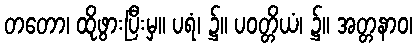
တတော၊ ထိုဖွားပြီးမှ။ ပရံ၊ ၌။ ပဝတ္တိယံ၊ ၌။ အတ္တနာဝ၊